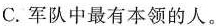
C.军队中最有本领的人。